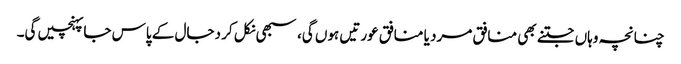
چنانچہ وہاں جتنے بھی منافق مرد یا منافق عورتیں ہوں گی، سبھی نکل کر دجال کے پاس جاپہنچیں گی۔